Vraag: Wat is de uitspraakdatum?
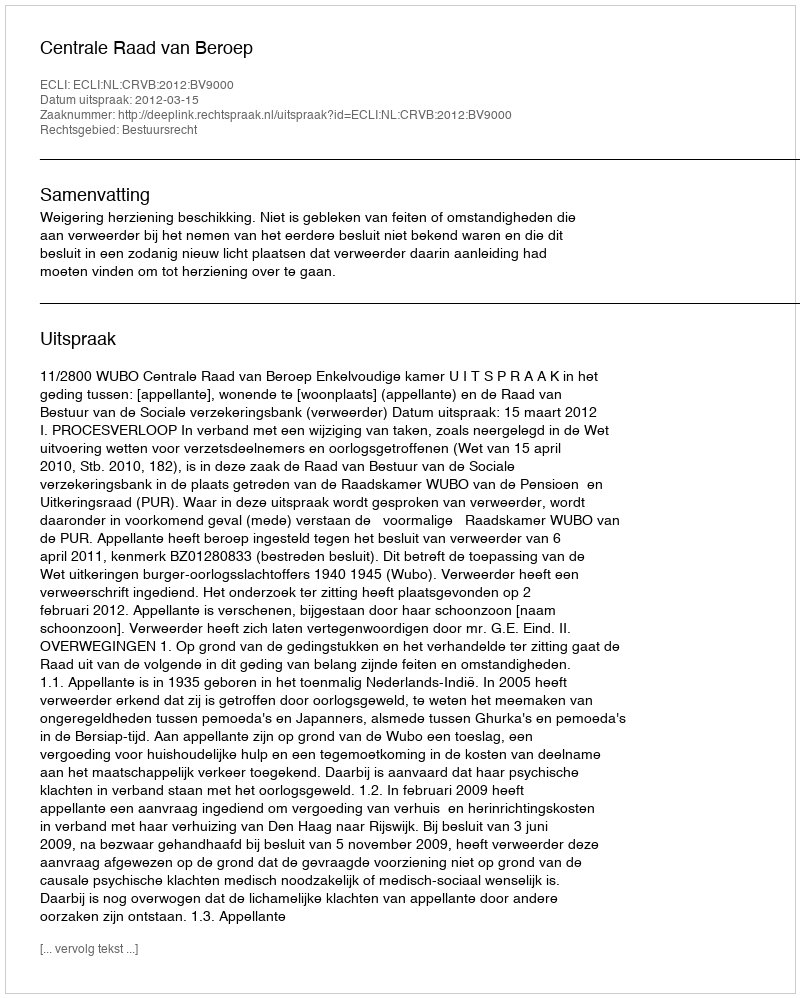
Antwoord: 2012-03-15